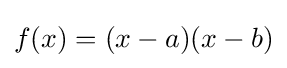
f(x)=(x-a)(x-b)